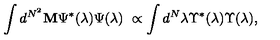
\int d ^ { N ^ { 2 } } { \bf M } { \Psi } ^ { * } ( \lambda ) { \Psi } ( \lambda ) \ \propto \int d ^ { N } \lambda { \Upsilon } ^ { * } ( \lambda ) { \Upsilon } ( \lambda ) ,